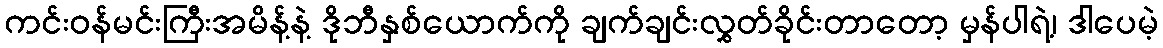
ကင်းဝန်မင်းကြီးအမိန့်နဲ့ ဒိုဘီနှစ်ယောက်ကို ချက်ချင်းလွှတ်ခိုင်းတာတော့ မှန်ပါရဲ့၊ ဒါပေမဲ့